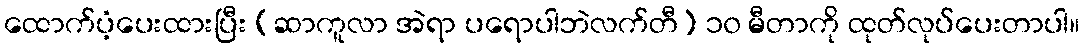
ထောက်ပံ့ပေးထားပြီး (ဆာကူလာ အဲရာ ပရောပါဘဲလက်တီ) ၁၀ မီတာကို ထုတ်လုပ်ပေးတာပါ။